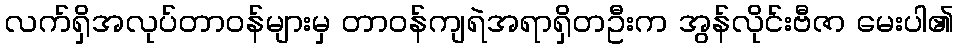
လက်ရှိအလုပ်တာဝန်များမှ တာဝန်ကျရဲအရာရှိတဦးက အွန်လိုင်းဗီဇာ မေးပါ၏